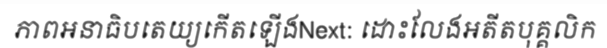
ភាពអនាធិបតេយ្យកើតឡើងNext: ដោះលែងអតីតបុគ្គលិក